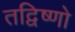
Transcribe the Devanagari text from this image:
तद्विष्णो